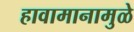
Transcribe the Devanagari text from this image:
हावामानामुळे